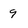
Character: 9